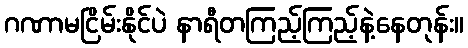
ဂဏာမငြိမ်းနိုင်ပဲ နာရီတကြည့်ကြည့်နဲ့နေတုန်း။